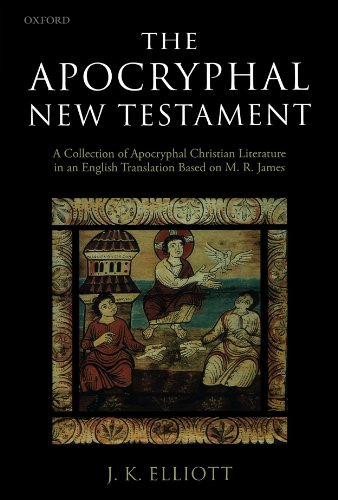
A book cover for The Apocryphal New Testament: A Collection of Apocryphal Christian Literature in an English Translation; Christian Books & Bibles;